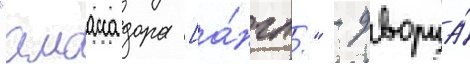
"амбассадора [а́нгл." - дворца́